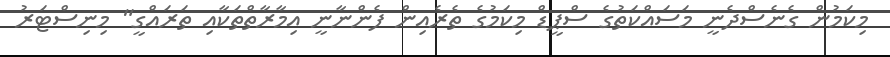
މިކަމުން ގެނެސްދެނީ މަސައްކަތުގެ ސްޕީޑް މިކަމުގެ ތެރެއިން ފެންނާނީ އިމާރާތްތަކާއި ތަރައްގީ" މިނިސްޓަރު